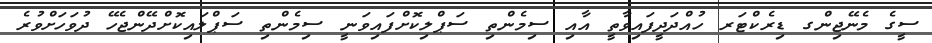
ސީގެ މެނޭޖިންގ ޑިރެކްޓަރ ހުއްދަދީފައިވާތީ އާއި ސިމެންތި ސަޕްލިކޮށްފައިވަނީ ސިމެންތި ސަޕްލައިކޮށްދޭންޖެހޭ ދުވަހަށްވުރެ